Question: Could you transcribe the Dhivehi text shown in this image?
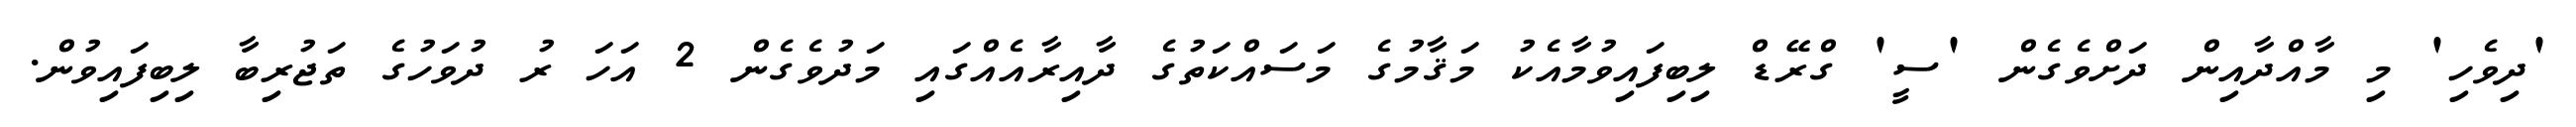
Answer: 'ދިވެހި' މި މާއްދާއިން ދަށްވެގެން 'ސީ' ގްރޭޑް ލިބިފައިވުމާއެކު މަޤާމުގެ މަސައްކަތުގެ ދާއިރާއެއްގައި މަދުވެގެން 2 އަހަ ރު ދުވަހުގެ ތަޖުރިބާ ލިބިފައިވުން.